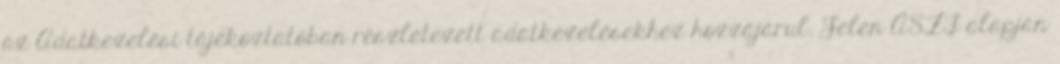
az Adatkezelési tájékoztatóban részletezett adatkezelésekhez hozzájárul. Jelen ÁSZF alapján